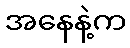
အနေနဲ့က